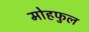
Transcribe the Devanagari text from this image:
मोहफुल